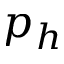
p _ { h }